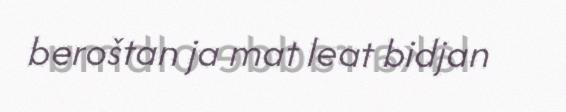
beroštan ja mat leat bidjan